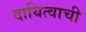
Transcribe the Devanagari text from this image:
दायित्वाची